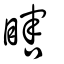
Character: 瞎